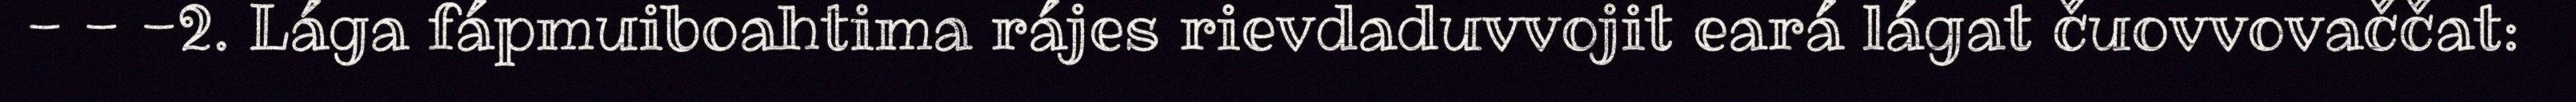
- - -2. Lága fápmuiboahtima rájes rievdaduvvojit eará lágat čuovvovaččat: